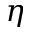
\eta